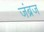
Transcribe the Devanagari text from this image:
जंब्रज